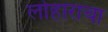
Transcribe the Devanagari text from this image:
लोहाराचा